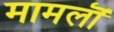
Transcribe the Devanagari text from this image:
मामलॊं